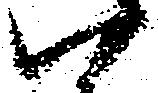
い